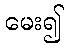
မေး၍